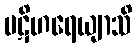
ပဋိဟရေယျာသိ